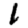
Digit: 1